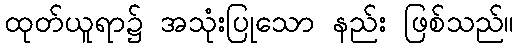
ထုတ်ယူရာ၌ အသုံးပြုသော နည်း ဖြစ်သည်။